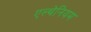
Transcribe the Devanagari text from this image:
एल्थेनियम